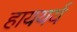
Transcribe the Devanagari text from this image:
हाययर्य